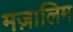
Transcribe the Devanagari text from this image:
मज़ालिम